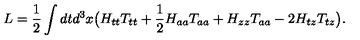
L = \frac { 1 } { 2 } \int d t d ^ { 3 } x \big ( H _ { t t } T _ { t t } + \frac { 1 } { 2 } H _ { a a } T _ { a a } + H _ { z z } T _ { a a } - 2 H _ { t z } T _ { t z } \big ) .